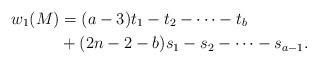
LaTeX: \begin{align*} w_1(M) &= (a-3)t_1-t_2-\dots -t_b \\ &+ (2n-2-b)s_1-s_2-\dots-s_{a-1}.\end{align*}